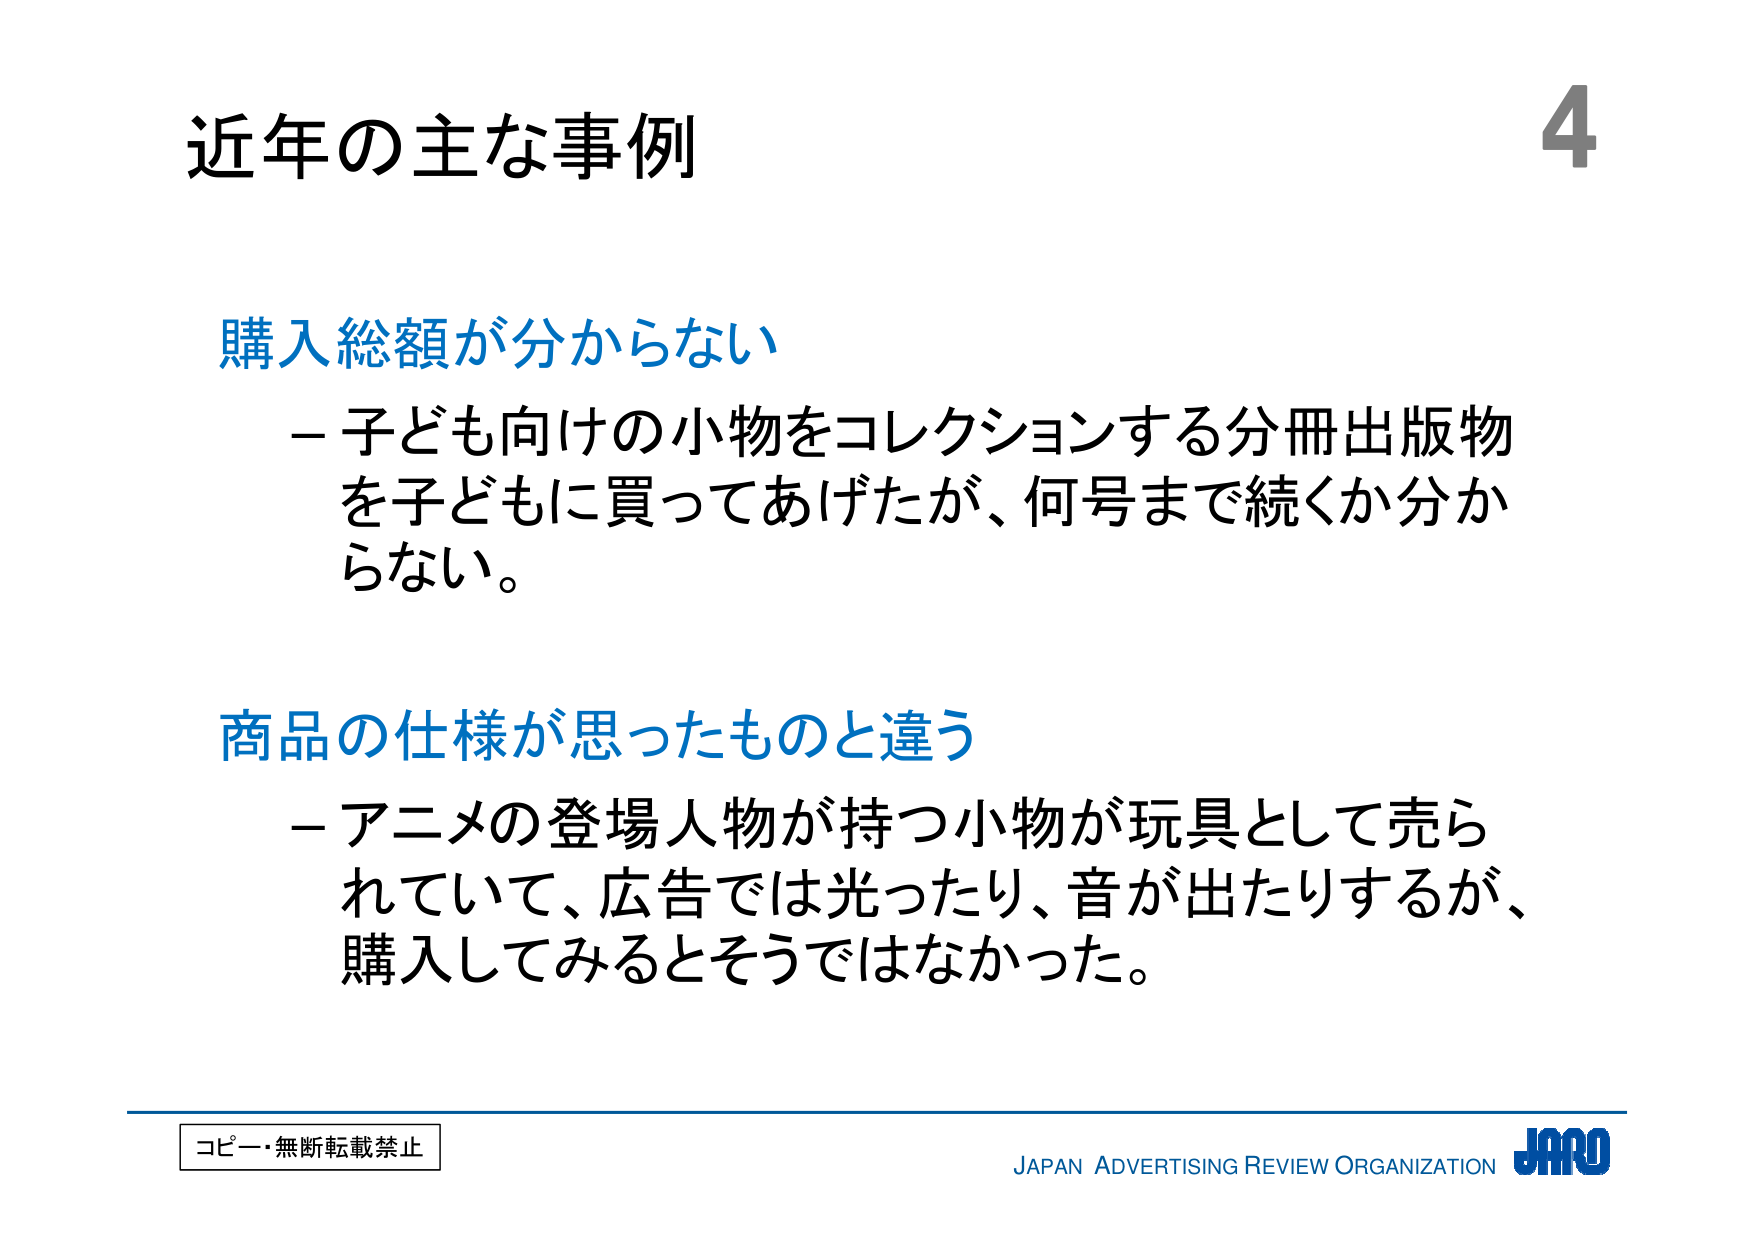
近年の主な事例

購入総額が分からない
－子ども向けの小物をコレクションする分冊出版物を子どもに買ってあげたが、何号まで続くか分からない。

商品の仕様が思ったものと違う
－アニメの登場人物が持つ小物が玩具として売られていて、広告では光ったり、音が出たりするが、購入してみるとそうではなかった。

コピー・無断転載禁止
JAPAN ADVERTISING REVIEW ORGANIZATION JARO
4